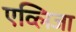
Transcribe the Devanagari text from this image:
एव्लिजा